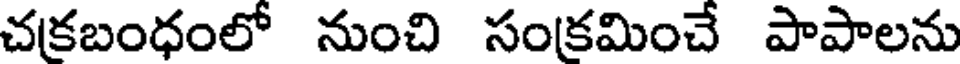
చకబంధంలో నుంచి సంకమించే పాపాలను